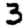
Digit: 3